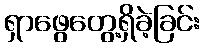
ရှာဖွေတွေ့ရှိခဲ့ခြင်း